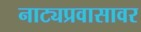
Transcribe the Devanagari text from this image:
नाट्यप्रवासावर